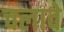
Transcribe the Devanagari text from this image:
चलावे